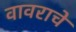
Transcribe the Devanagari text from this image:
वावराचे